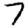
Digit: 7